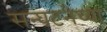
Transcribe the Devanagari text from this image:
सन्घटनेच्या